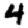
Digit: 4